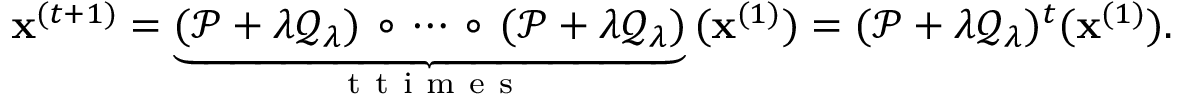
\mathbf { x } ^ { ( t + 1 ) } = \underset { \mathrm { ~ t ~ t ~ i ~ m ~ e ~ s ~ } } { \underbrace { ( \mathcal { P } + \lambda \mathcal { Q } _ { \lambda } ) \, \circ \, \cdots \, \circ \, ( \mathcal { P } + \lambda \mathcal { Q } _ { \lambda } ) } } \, ( \mathbf { x } ^ { ( 1 ) } ) = ( \mathcal { P } + \lambda \mathcal { Q } _ { \lambda } ) ^ { t } ( \mathbf { x } ^ { ( 1 ) } ) .